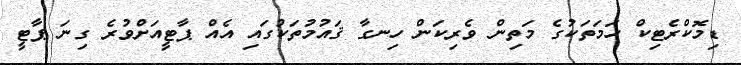
ޑިމޮކްރެޓިކް ހަމަތަކުގެ މަތިން ވެރިކަން ހިނގާ ޤައުމުތަކުގައި އެއް ޕާޓީއަށްވުރެ ގިނަ ޕާޓީ